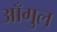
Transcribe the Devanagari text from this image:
आँगुल